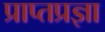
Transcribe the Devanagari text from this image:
प्राप्तप्रज्ञा